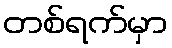
တစ်ရက်မှာ